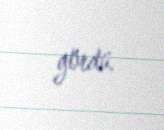
gördü.